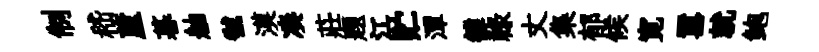
制嵇蘆暮舳虢漠凑莊題江贮潭雒禄丈集郁候寛囂就鲍